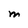
Character: M